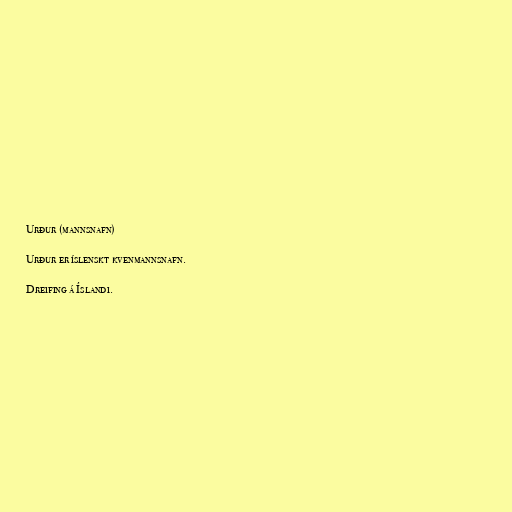
Urður (mannsnafn)

Urður er íslenskt kvenmannsnafn.

Dreifing á Íslandi.